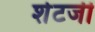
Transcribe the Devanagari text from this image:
शेटजी